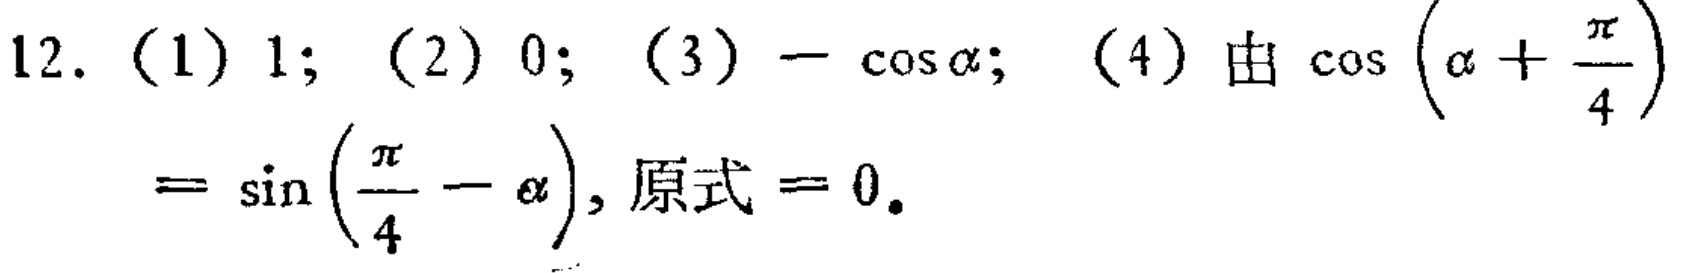
12. (1) \(1\); (2) \(0\); (3) \(-\cos\alpha\); (4) 由 \(\cos\left(\alpha+\frac{\pi}{4}\right)=\sin\left(\frac{\pi}{4}-\alpha\right)\), 原式 \( = 0\).